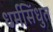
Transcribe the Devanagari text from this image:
धर्मसिंधुत